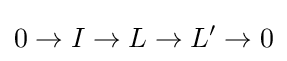
0\to I\to L\to L'\to 0